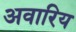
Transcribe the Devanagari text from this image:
अवारिय